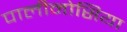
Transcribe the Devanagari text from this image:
पालीनोसिया